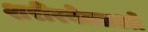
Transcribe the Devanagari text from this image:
शरीरवेत्ताओं